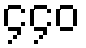
၄၄၀